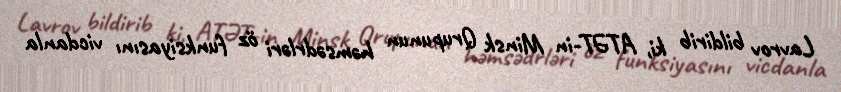
Lavrov bildirib ki, ATƏT-in Minsk Qrupunun həmsədrləri öz funksiyasını vicdanla